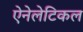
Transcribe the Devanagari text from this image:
ऐनेलेटिकल